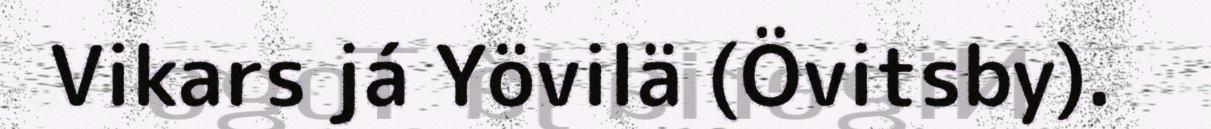
Vikars já Yövilä (Övitsby).